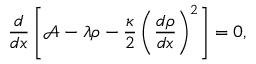
\frac { d } { d x } \left[ \mathcal { A } - \lambda \rho - \frac { \kappa } { 2 } \left( \frac { d \rho } { d x } \right) ^ { 2 } \right] = 0 ,